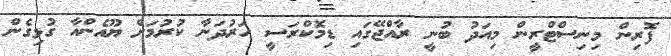
ފޮރިން މިނިސްޓްރީން މިއަދު ބުނީ ރާއްޖޭގައި ޑިމޮކްރަސީ ހަރުދަނާ ކުރުމަށް ޔޫއެންއާ ގުޅިގެން